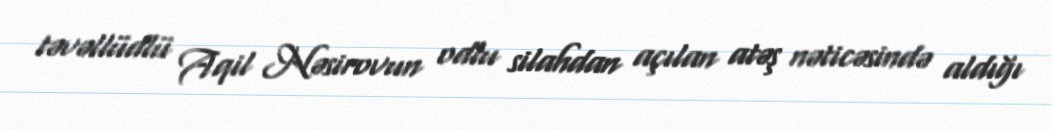
təvəllüdlü Aqil Nəsirovun odlu silahdan açılan atəş nəticəsində aldığı